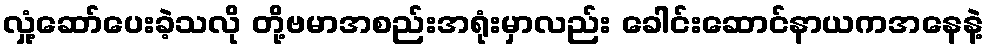
လှုံ့ဆော်ပေးခဲ့သလို တို့ဗမာအစည်းအရုံးမှာလည်း ခေါင်းဆောင်နာယကအနေနဲ့